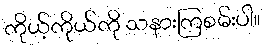
ကိုယ့်ကိုယ်ကို သနားကြစမ်းပါ။